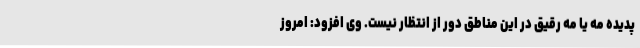
پدیده مه یا مه رقیق در این مناطق دور از انتظار نیست. وی افزود: امروز